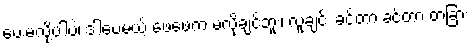
ပေးမလို့ပါပဲ၊ ဒါပေမယ့် ဖေဖေက မလိုချင်ဘူး၊ လူချင်း ခင်တာ ခင်တာ တခြား